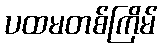
ပထမတစ်ကြိမ်